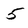
Character: 5